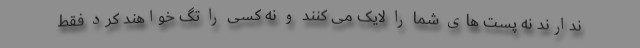
ندارند نه پست های شما را لایک می کنند و نه کسی را تگ خواهند کرد فقط